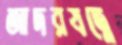
আদরযত্নে